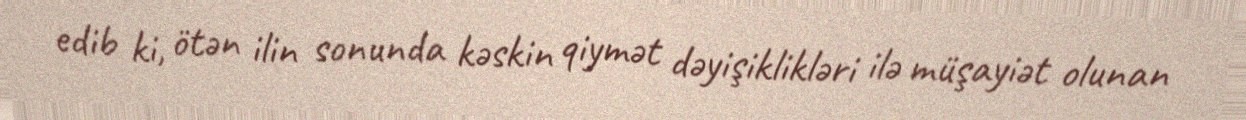
edib ki, ötən ilin sonunda kəskin qiymət dəyişiklikləri ilə müşayiət olunan